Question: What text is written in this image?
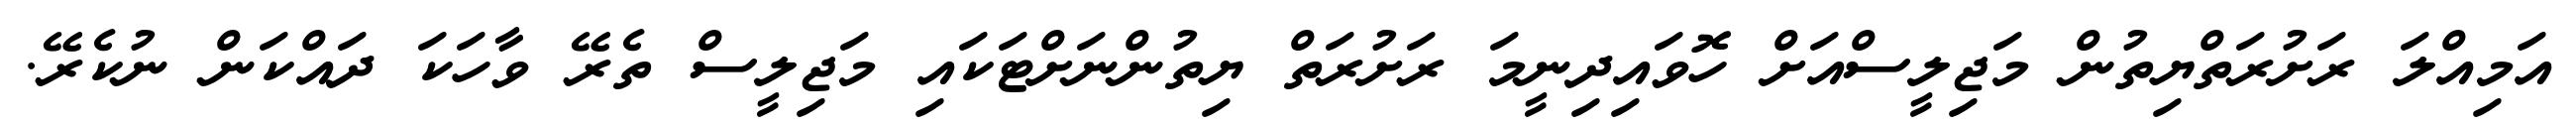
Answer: އަމިއްލަ ރަށުރަތްޔިތުން މަޖިލީސްއަށް ހޮވައިދިނީމަ ރަށުރަތް ޔިތުންނަށްޓަކައި މަޖިލީސް ތެރޭ ވާހަކަ ދައްކަން ނުކެރޭ.